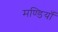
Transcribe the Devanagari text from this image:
मण्डियाँ